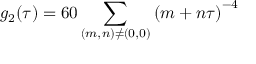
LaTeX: g _ { 2 } ( \tau ) = 6 0 \sum _ { ( m , n ) \neq ( 0 , 0 ) } \left( m + n \tau \right) ^ { - 4 }